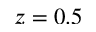
z = 0 . 5